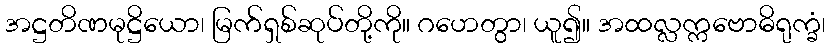
အဋ္ဌတိဏမုဋ္ဌိယော၊ မြက်ရှစ်ဆုပ်တို့ကို။ ဂဟေတွာ၊ ယူ၍။ အထလ္လက္ကဗောဓိရုက္ခံ၊